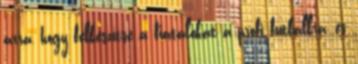
arra, hogy felkészítse a fiatalokat a profi futballra, és